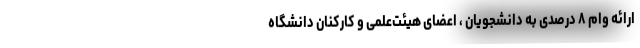
ارائه وام ٨ درصدی به دانشجویان ، اعضای هیئت‌علمی و کارکنان دانشگاه